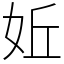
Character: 㚱